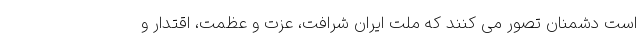
است دشمنان تصور می کنند که ملت ایران شرافت، عزت و عظمت، اقتدار و